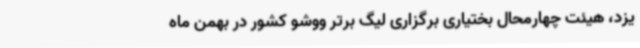
یزد، هیئت چهارمحال بختیاری برگزاری لیگ برتر ووشو کشور در بهمن ماه